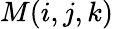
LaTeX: M(i,j,k)